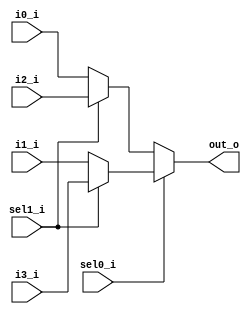
module mux_4_1
(
input i0_i,
input i1_i,
input i2_i,
input i3_i,
input sel0_i,
input sel1_i,
output out_o
);

assign out_o =  (sel0_i == 1'b0) ? 
                (sel1_i == 1'b0) ? i0_i : i2_i :
                (sel1_i == 1'b0) ? i1_i : i3_i;


endmodule